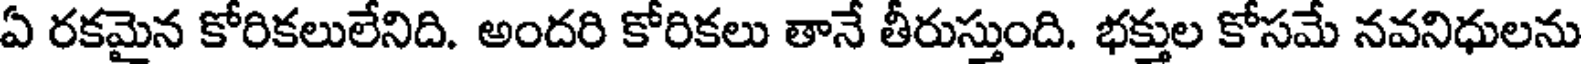
ఏ రకమైన కోరికలులేనిది. అందరి కోరికలు తానే తీరుస్తుంది. భక్తుల కోసమే నవనిధులను